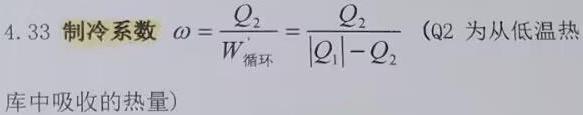
4.33 制冷系数 $\omega =\frac{Q_{2}}{W_{循环}}=\frac{Q_{2}}{|Q_{1}|-Q_{2}}$（$Q_{2}$ 为从低温热库中吸收的热量）